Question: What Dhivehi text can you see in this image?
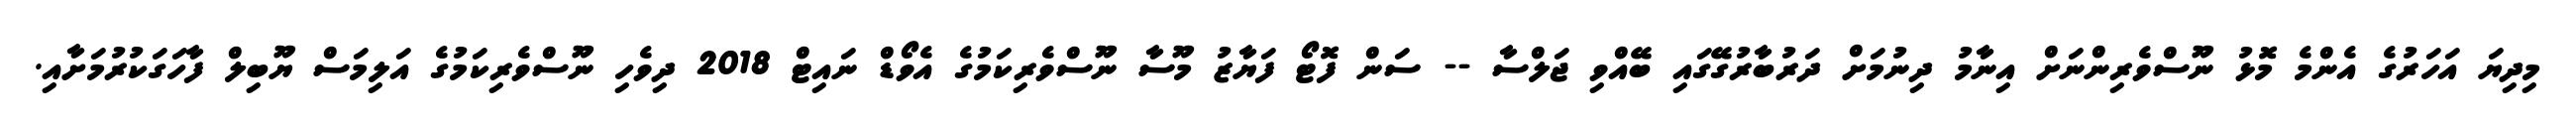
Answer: މިދިޔަ އަހަރުގެ އެންމެ މޮޅު ނޫސްވެރިންނަށް އިނާމު ދިނުމަށް ދަރުބާރުގޭގައި ބޭއްވި ޖަލްސާ -- ސަން ފޮޓޯ ފަޔާޒު މޫސާ ނޫސްވެރިކަމުގެ އެވޯޑް ނައިޓް 2018 ދިވެހި ނޫސްވެރިކަމުގެ އަލިމަސް ޔޫބިލް ފާހަގަކުރުމަށާއި.